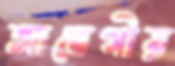
আবেগীয়